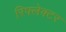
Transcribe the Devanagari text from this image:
रिफ्लेक्‍टर